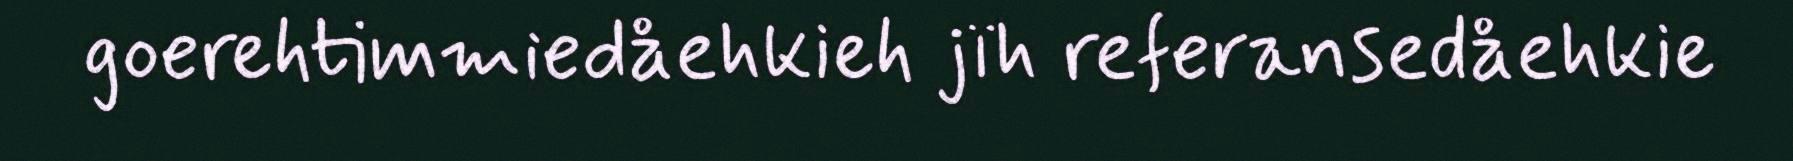
goerehtimmiedåehkieh jïh referansedåehkie